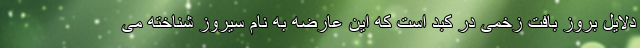
دلایل بروز بافت زخمی در کبد است که این عارضه به نام سیروز شناخته می